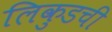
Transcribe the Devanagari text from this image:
लिकुडची